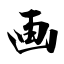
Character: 画